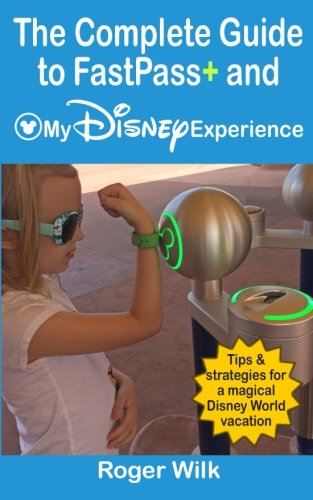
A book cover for The Complete Guide to FastPass+ and My Disney Experience: Tips & strategies for a magical Disney World vacation; Roger Wilk; Travel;